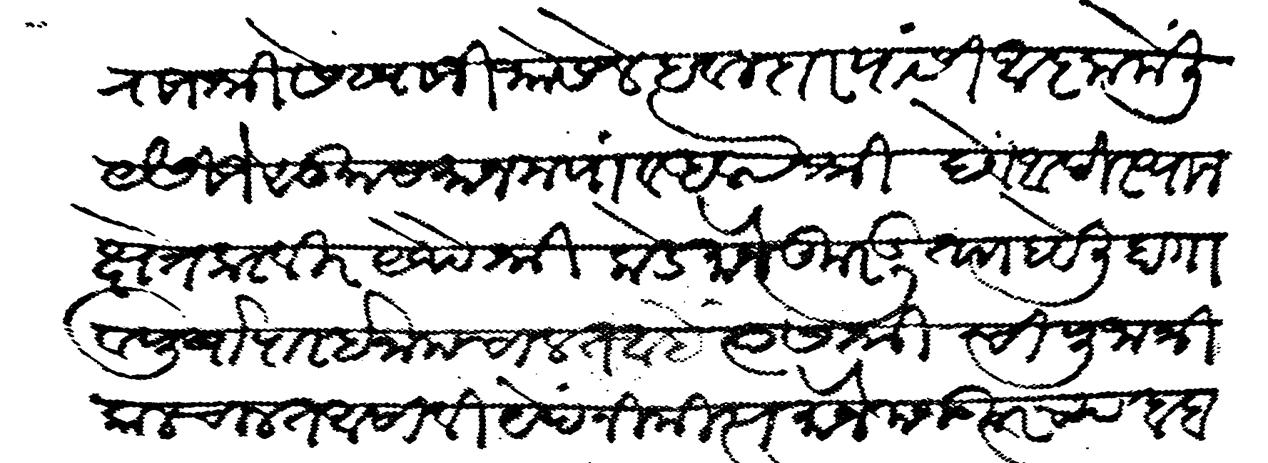
Transliteration (Devanagari): राजश्री सेट्याजी भोसले हवलदार यांसी आज्ञा केली यैसीजे सुमा समान मयां व अलफ श्री देव अदीस्थान क्षेत्र करवीर येथे श्री कडे मौजे कुरडू ताा हवेली हा गाव पुर्वापार ईनाम चालत आहें त्यास श्री ची पुजा त्रीकाळ चालत असावी येदनीमीत्य मौजे मजकुरच्या बाब